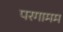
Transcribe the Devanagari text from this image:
परगामम